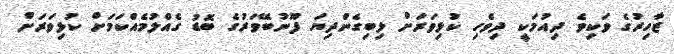
ޒާހިރުގެ ވަކިވެ ދިއުމަކީ ދިވެހި ކުޅިވަރަށް ލިބިގެންދިޔަ ފޫނުބޭވަރުގެ ބޮޑު ގެއްލުމެއްކަމަށް ކުޅިވަރަށް